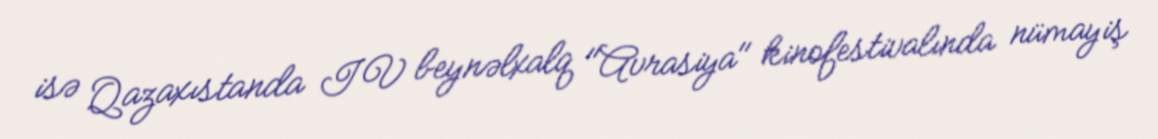
isə Qazaxıstanda IV beynəlxalq "Avrasiya" kinofestivalında nümayiş